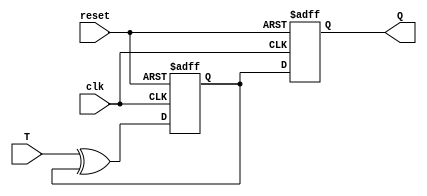
module T_FF (
    input wire clk,
    input wire reset,
    input wire T,
    output reg Q
);

reg D1, D2;

always @ (posedge clk or posedge reset) begin
    if (reset) begin
        D1 <= 1'b0;
        D2 <= 1'b0;
    end else begin
        D1 <= T ^ D1;
        D2 <= D1;
    end
end

assign Q = D2;

endmodule